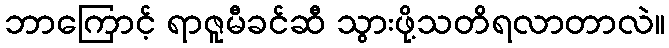
ဘာကြောင့် ရာဇူမီခင်ဆီ သွားဖို့သတိရလာတာလဲ။